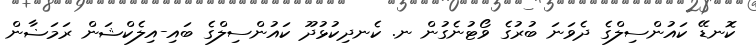
ކޮނޑޭ ކައުންސިލްގެ ދެވަނަ ބުރުގެ ވޯޓުނެގުން ނ. ކެނދިކުޅުދޫ ކައުންސިލްގެ ބައި-އިލެކްޝަން ރަމަޟާން